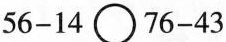
$$5 6 - 1 4 \circ 7 6 - 4 3$$